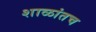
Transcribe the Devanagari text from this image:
शाळांतच